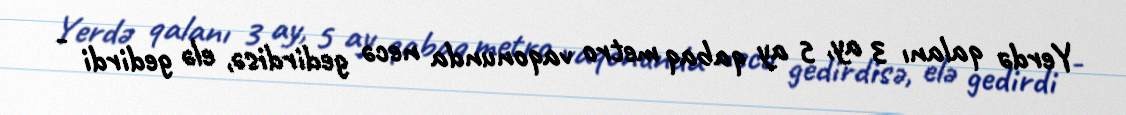
Yerdə qalanı 3 ay, 5 ay qabaq metro vaqonunda necə gedirdisə, elə gedirdi -